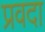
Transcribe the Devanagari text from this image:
प्रवदा